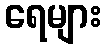
ရေများ